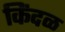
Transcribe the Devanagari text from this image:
किंदळ